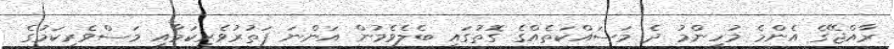
ރާއްޖޭގެ އެންމެ މުހިންމު ދެ މަސައްކަތެއްގެ ގޮތުގައި ބެލެވެމުން އަންނަ ފަތުރުވެރިކަމާއި މަސްވެރިކަމުގެ